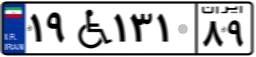
۴۳W۳۰۱۷۶